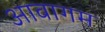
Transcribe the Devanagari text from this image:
आवागम